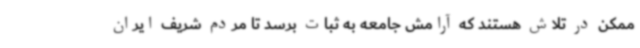
ممکن در تلاش هستند که آرامش جامعه به ثبات برسد تا مردم شریف ایران